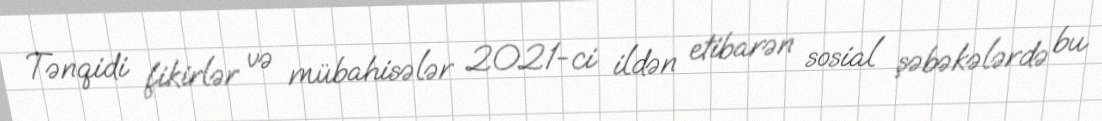
Tənqidi fikirlər və mübahisələr 2021-ci ildən etibarən sosial şəbəkələrdə bu